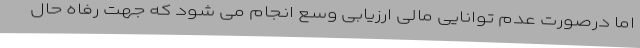
اما درصورت عدم توانایی مالی ارزیابی وسع انجام می شود که جهت رفاه حال